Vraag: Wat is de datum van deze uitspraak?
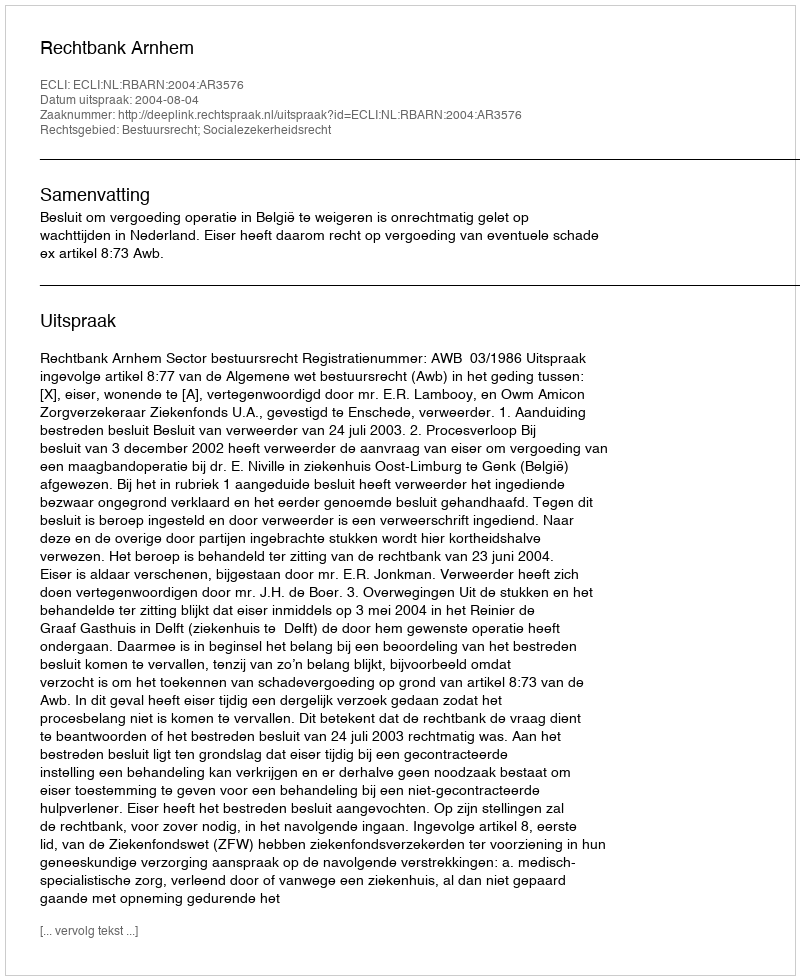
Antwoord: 2004-08-04